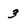
Character: 2